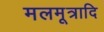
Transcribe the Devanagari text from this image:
मलमूत्रादि